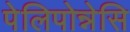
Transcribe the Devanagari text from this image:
पेलिपोन्नेसि